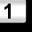
Digit: 1